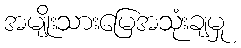
အမျိုးသားမြေအသုံးချမှု